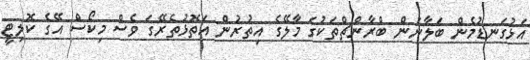
އަޅުގަނޑުމެން ބަލާނަން ބްރާންޗްތަކުގަ މާލޭގެ އިތުރުން އަތޮޅުތެރޭގަ ވެސް މިކޯސް އޭގެ ކޮލިޓީ